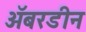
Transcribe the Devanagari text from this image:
अॅबरडीन